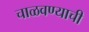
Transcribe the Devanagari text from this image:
चाळवण्याची